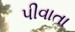
પીવાતા